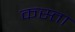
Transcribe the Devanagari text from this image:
कस्ता